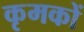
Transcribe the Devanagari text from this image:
कृमकों